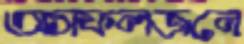
অসফলজনে